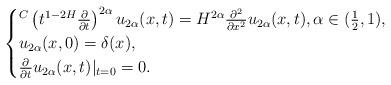
LaTeX: \begin{align*}\begin{cases}{}^C\left(t^{1-2H}\frac{\partial}{\partial t}\right)^{2\alpha} u_{2\alpha}(x,t)= H^{2\alpha}\frac{\partial^2}{\partial x^2}u_{2\alpha}(x,t),\alpha \in (\frac{1}{2},1),\\u_{2\alpha}(x,0)=\delta(x),\\\frac{\partial}{\partial t}u_{2\alpha}(x,t)|_{t=0}= 0.\end{cases}\end{align*}